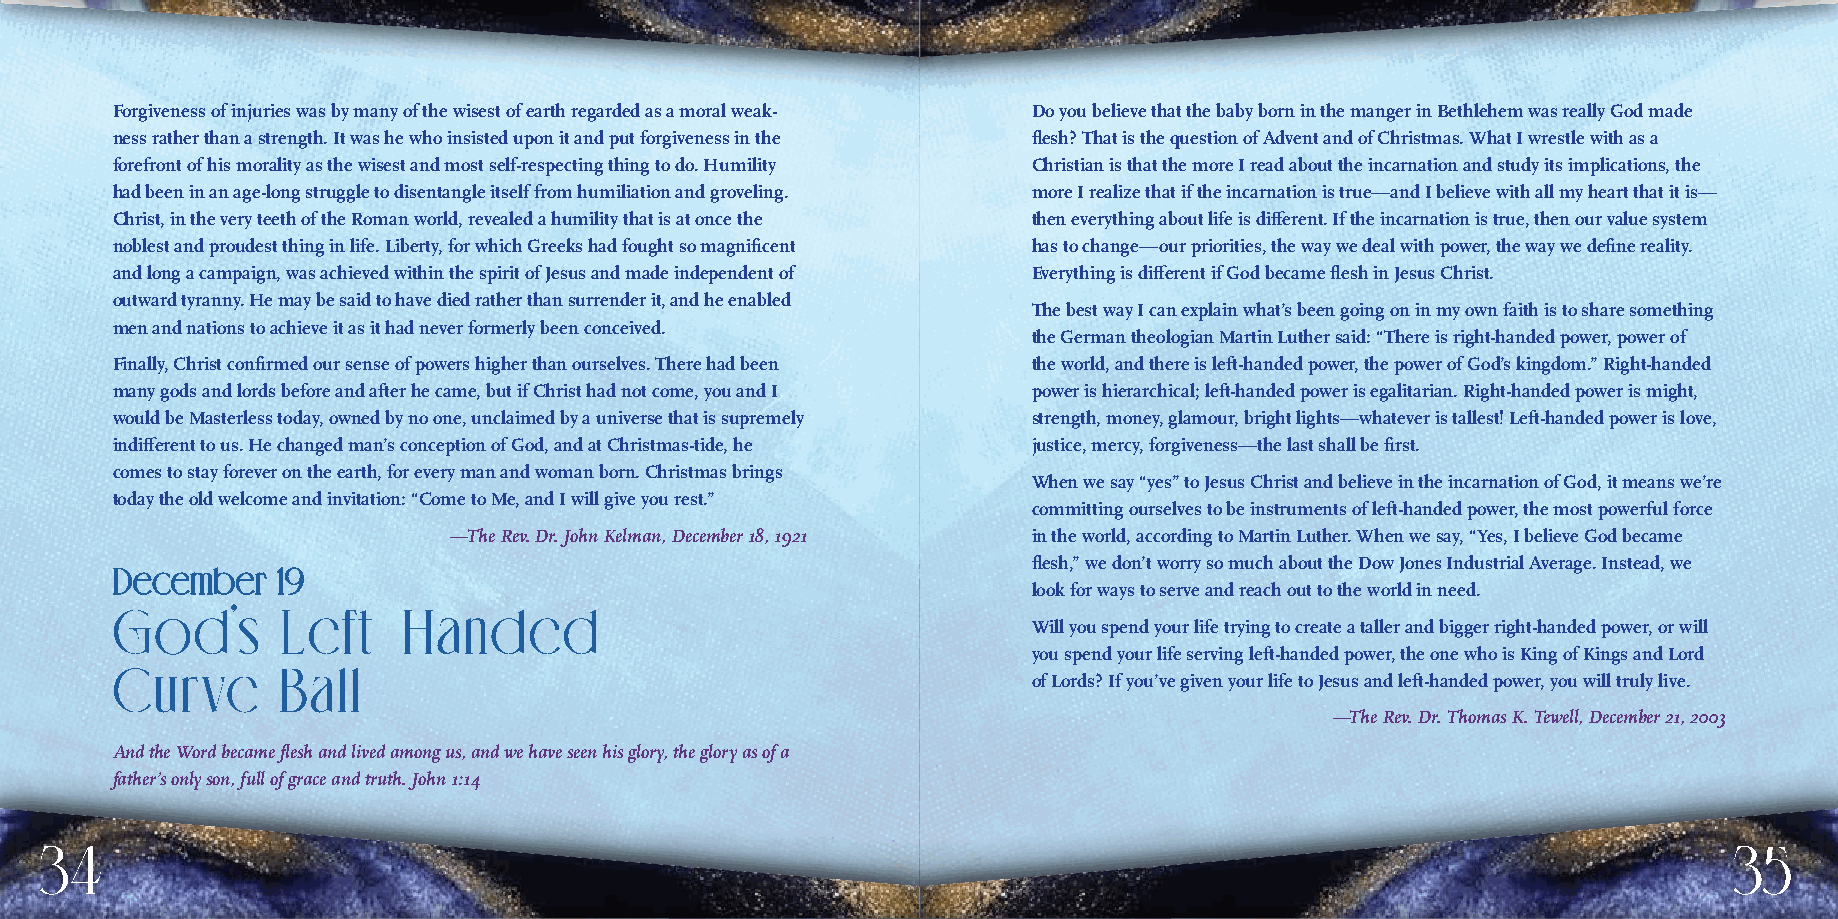
Forgiveness of injuries was by many of the wisest of earth regarded as a moral weak- Do you believe that the baby born in the manger in Bethlehem was really God made
 ness rather than a strength. It was he who insisted upon it and put forgiveness in the flesh? That is the question of Advent and of Christmas. What I wrestle with as a
 forefront of his morality as the wisest and most self-respecting thing to do. Humility Christian is that the more I read about the incarnation and study its implications, the
 had been in an age-long struggle to disentangle itself from humiliation and groveling. more I realize that if the incarnation is true—and I believe with all my heart that it is—
 Christ, in the very teeth of the Roman world, revealed a humility that is at once the then everything about life is different. If the incarnation is true, then our value system
 noblest and proudest thing in life. Liberty, for which Greeks had fought so magnificent has to change—our priorities, the way we deal with power, the way we define reality.
 and long a campaign, was achieved within the spirit of Jesus and made independent of Everything is different if God became flesh in Jesus Christ.
 outward tyranny. He may be said to have died rather than surrender it, and he enabled
 The best way I can explain what’s been going on in my own faith is to share something
 men and nations to achieve it as it had never formerly been conceived.
 the German theologian Martin Luther said: “There is right-handed power, power of
 Finally, Christ confirmed our sense of powers higher than ourselves. There had been the world, and there is left-handed power, the power of God’s kingdom.” Right-handed
 many gods and lords before and after he came, but if Christ had not come, you and I power is hierarchical; left-handed power is egalitarian. Right-handed power is might,
 would be Masterless today, owned by no one, unclaimed by a universe that is supremely strength, money, glamour, bright lights—whatever is tallest! Left-handed power is love,
 indifferent to us. He changed man’s conception of God, and at Christmas-tide, he justice, mercy, forgiveness—the last shall be first.
 comes to stay forever on the earth, for every man and woman born. Christmas brings
 When we say “yes” to Jesus Christ and believe in the incarnation of God, it means we’re
 today the old welcome and invitation: “Come to Me, and I will give you rest.”
 committing ourselves to be instruments of left-handed power, the most powerful force
 —The Rev. Dr. John Kelman, December 18, 1921 in the world, according to Martin Luther. When we say, “Yes, I believe God became
 flesh,” we don’t worry so much about the Dow Jones Industrial Average. Instead, we
 DDeecceemmbbeerr 1199
 look for ways to serve and reach out to the world in need.
 God’s       Left-Handed
 Will you spend your life trying to create a taller and bigger right-handed power, or will
 you spend your life serving left-handed power, the one who is King of Kings and Lord
 Curve      Ball
 of Lords? If you’ve given your life to Jesus and left-handed power, you will truly live.
 —The Rev. Dr. Thomas K. Tewell, December 21, 2003
 And the Word became flesh and lived among us, and we have seen his glory, the glory as of a
 father’s only son, full of grace and truth. John 1:14
 34                                                                                                              35